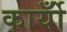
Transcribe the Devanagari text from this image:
कार्योँ